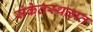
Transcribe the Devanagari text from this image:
संकेतस्थळात